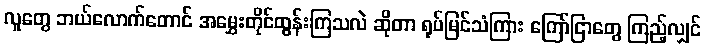
လူတွေ ဘယ်လောက်တောင် အမွှေးတိုင်ထွန်းကြသလဲ ဆိုတာ ရုပ်မြင်သံကြား ကြော်ငြာတွေ ကြည့်လျှင်